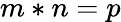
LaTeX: m*n=p